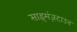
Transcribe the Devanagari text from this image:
साइमंज़टाउन